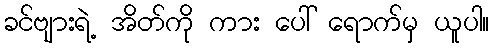
ခင်ဗျားရဲ့ အိတ်ကို ကား ပေါ် ရောက်မှ ယူပါ။